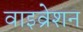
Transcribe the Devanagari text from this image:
वाइव्रेशन